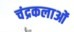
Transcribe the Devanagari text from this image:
चंद्रकलाओं